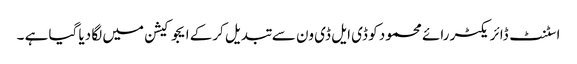
اسٹنٹ ڈائریکٹر رائے محمود کو ڈی ایل ڈی ون سے تبدیل کرکے ایجوکیشن میں لگا دیا گیا ہے ۔